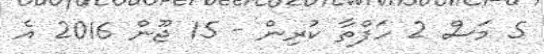
5 މަސް 2 ހަފްތާ ކުރިން - 15 ޖޫން 2016 އެ